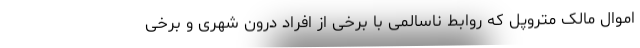
اموال مالک متروپل که روابط ناسالمی با برخی از افراد درون شهری و برخی